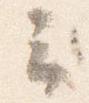
云